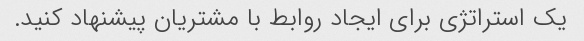
یک استراتژی برای ایجاد روابط با مشتریان پیشنهاد کنید.